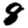
Digit: 8